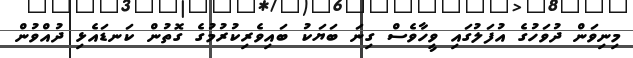
މިނިވަން ދުވަހުގެ އުފަލުގައި ވީހާވެސް ގިނަ ބަޔަކު ބައިވެރިކުރުމުގެ ގޮތުން ކަނޑައެޅި ދުއްވުން